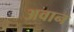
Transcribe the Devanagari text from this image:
अवान